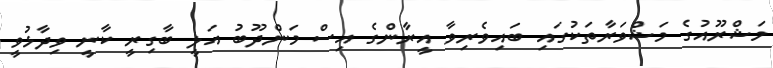
މަޝްރޫއުގެ މަޝްވަރާތަކުގައި ބައިވެރިވާ އީރާންގެ އިސް މަންދޫބު އަލީ ބާގިރީ ކާނީ ވިދާޅުވީ